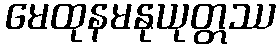
မေထုနမနုယုတ္တဿ